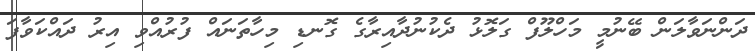
ދަންނަވާލަން ބޭނުމީ މަހްލޫފް ގަލޮޅު ދެކުނުދާއިރާގެ ގޮނޑި މިހާތަނައް ފުރުއްވި އިރު ދައްކަވާފަ